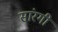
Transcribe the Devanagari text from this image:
सांरगी